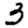
Digit: 3